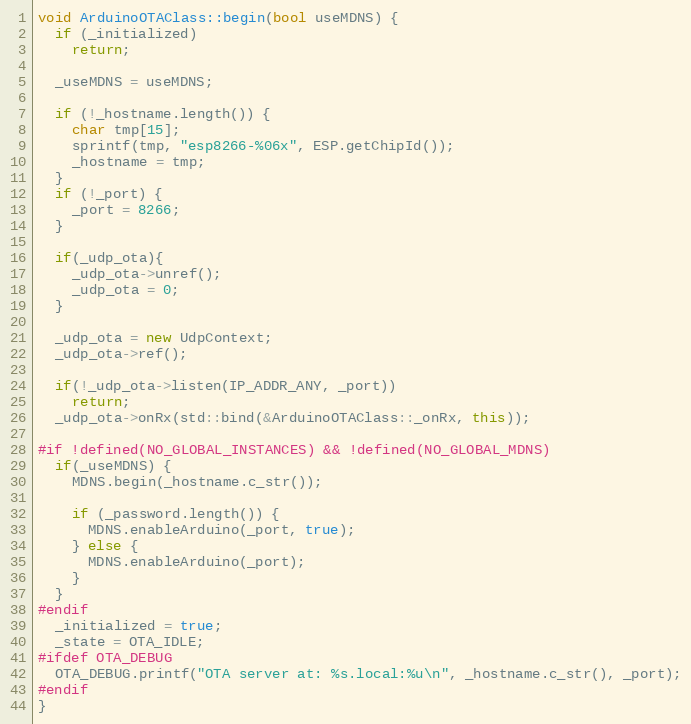
Language: C++
void ArduinoOTAClass::begin(bool useMDNS) {
  if (_initialized)
    return;

  _useMDNS = useMDNS;

  if (!_hostname.length()) {
    char tmp[15];
    sprintf(tmp, "esp8266-%06x", ESP.getChipId());
    _hostname = tmp;
  }
  if (!_port) {
    _port = 8266;
  }

  if(_udp_ota){
    _udp_ota->unref();
    _udp_ota = 0;
  }

  _udp_ota = new UdpContext;
  _udp_ota->ref();

  if(!_udp_ota->listen(IP_ADDR_ANY, _port))
    return;
  _udp_ota->onRx(std::bind(&ArduinoOTAClass::_onRx, this));

#if !defined(NO_GLOBAL_INSTANCES) && !defined(NO_GLOBAL_MDNS)
  if(_useMDNS) {
    MDNS.begin(_hostname.c_str());

    if (_password.length()) {
      MDNS.enableArduino(_port, true);
    } else {
      MDNS.enableArduino(_port);
    }
  }
#endif
  _initialized = true;
  _state = OTA_IDLE;
#ifdef OTA_DEBUG
  OTA_DEBUG.printf("OTA server at: %s.local:%u\n", _hostname.c_str(), _port);
#endif
}